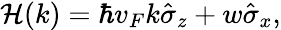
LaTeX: \begin{array}{r}{\mathcal{H}(k)=\hbar v_{F}k\hat{\sigma}_{z}+w\hat{\sigma}_{x},}\end{array}